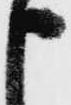
申